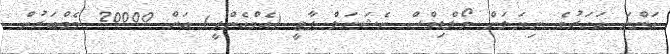
އަންނަ އަހަރުގެ ނިޔަލަށް މޯލްޑިވްސް ނެޝަނަލް ޕާޓީ (އެމްއެންޕީ) އަށް 20000 މެމްބަރުން